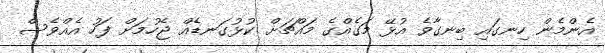
އެންމެން ހިނގައި ބިނގާވެ އުޅޭ މަގެއްގެ މައްޗަށް ކުޅުގަނޑެއް ޖެހުމަށް ފަހު އެއްވެސް